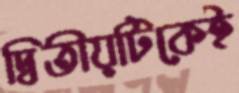
দ্বিতীয়টিকেই